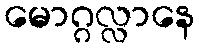
မောဂ္ဂလ္လာနေ